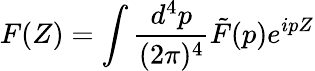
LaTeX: F(Z)=\int\frac{d^{4}p}{(2{\pi})^{4}}\tilde{F}(p)e^{ipZ}